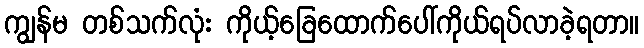
ကျွန်မ တစ်သက်လုံး ကိုယ့်ခြေထောက်ပေါ်ကိုယ်ရပ်လာခဲ့ရတာ။